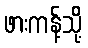
ဖားကန့်သို့